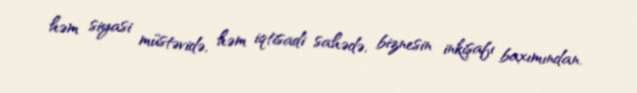
həm siyasi müstəvidə, həm iqtisadi sahədə, biznesin inkişafı baxımından.